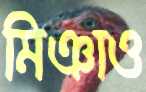
মিঞাও